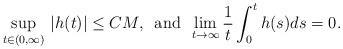
LaTeX: \begin{align*}\sup_{t\in(0,\infty)}\,|h(t)|\leq CM,\,\,\,{\rm and}\,\,\,\lim_{t\to\infty}\frac{1}{t}\int_0^th(s)ds=0.\end{align*}